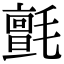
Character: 氈